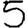
Digit: 5